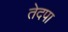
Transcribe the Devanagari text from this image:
तेदपा